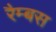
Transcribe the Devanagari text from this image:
रैम्बस